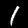
Digit: 1